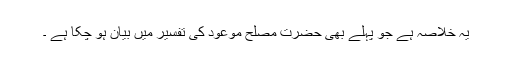
یہ خلاصہ ہے جو پہلے بھی حضرت مصلح موعودؓ کی تفسیر میں بیان ہو چکا ہے ۔